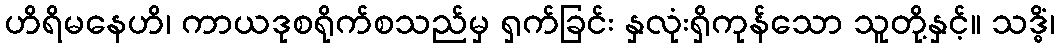
ဟိရိမနေဟိ၊ ကာယဒုစရိုက်စသည်မှ ရှက်ခြင်း နှလုံးရှိကုန်သော သူတို့နှင့်။ သဒ္ဓိံ၊